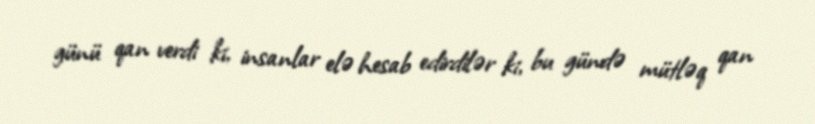
günü qan verdi ki, insanlar elə hesab edirdilər ki, bu gündə mütləq qan